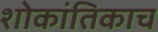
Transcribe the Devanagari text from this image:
शोकांतिकाच